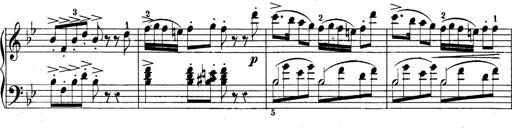
Title: 10 Sonatines progressives
Composer: Anton Schmoll